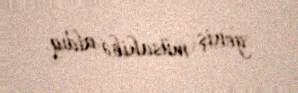
geniş müsahibə aldıq.